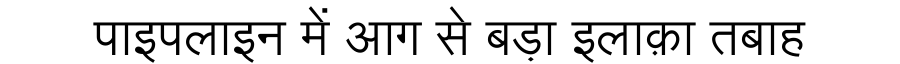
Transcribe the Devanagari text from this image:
पाइपलाइन में आग से बड़ा इलाक़ा तबाह